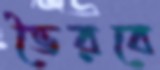
ভৈরবে